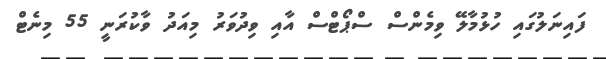
ފައިނަލުގައި ހުޅުމާލޭ ވިމެންސް ސްޕޯޓްސް އާއި ވިދުވަރު މިއަދު ވާކުރަނީ 55 މިނެޓް